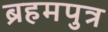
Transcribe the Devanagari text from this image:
ब्रहमपुत्र